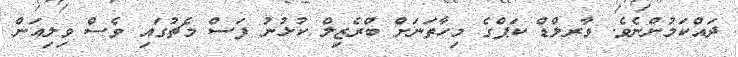
ދައްކަމުންނެވެ. ވާރލްޑް ކަޕްގެ މިހާތަނަށް ބްރެޒިލް ކުޅުނު ފަސް މެޗުގައި ވެސް ވިލިއަން